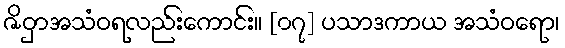
ဇိဝှာအသံဝရလည်းကောင်း။ [၀၇] ပသာဒကာယ အသံဝရော၊